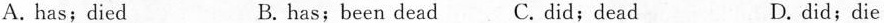
A. has;died B. has;been dead C. did;dead D.did;die